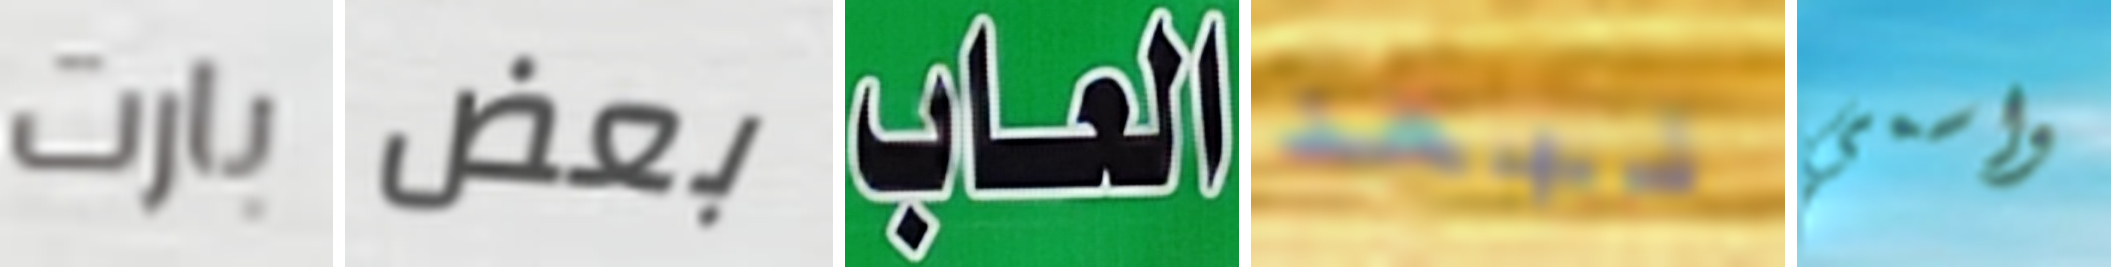
بارت بعض العاب نبعد واسمي